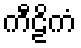
ကီဠိကံ